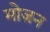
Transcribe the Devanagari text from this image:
मोज़न